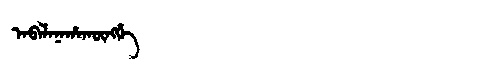
Manchu: ᠠᠪᠠᠯᠠᠨᠠᡥᠠᡴᡡᠩᡤᡝ
Romanization: ABALANAHAKŪNGGE